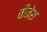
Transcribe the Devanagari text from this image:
वीनेश